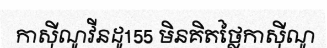
កាស៊ីណូវីនដូ155 មិនគិតថ្លៃកាស៊ីណូ